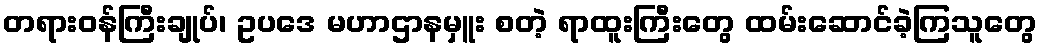
တရားဝန်ကြီးချုပ်၊ ဥပဒေ မဟာဌာနမှူး စတဲ့ ရာထူးကြီးတွေ ထမ်းဆောင်ခဲ့ကြသူတွေ